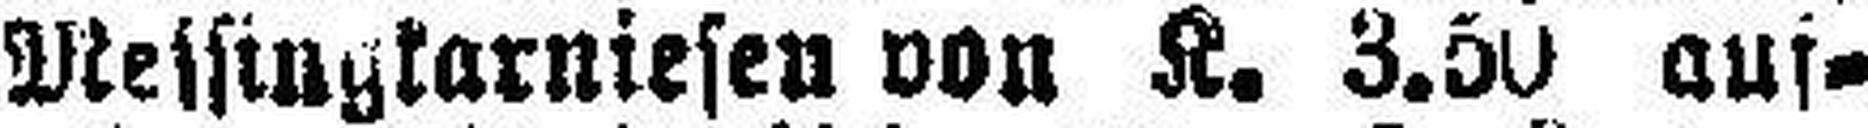
Messingkarniesen von K. 3.50 auf¬